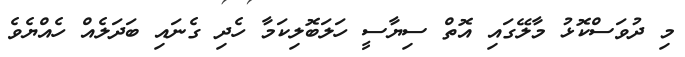
މި ދުވަސްކޮޅު މާލޭގައި އޮތް ސިޔާސީ ހަލަބޮލިކަމާ ހެދި ގެނައި ބަދަލެއް ހެއްޔެވެ